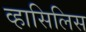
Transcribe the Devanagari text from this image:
व्हासिलिस